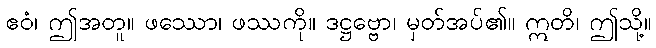
ဧဝံ၊ ဤအတူ။ ဖဿော၊ ဖဿကို။ ဒဋ္ဌဗ္ဗော၊ မှတ်အပ်၏။ ဣတိ၊ ဤသို့။